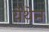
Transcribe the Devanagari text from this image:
येथेन